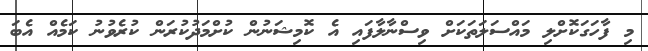
މި ފާހަގަކޮށްލި މައްސަލަތަކަށް ވިސްނާލާފައި އެ ކޮމިޝަނުން ކުށްމަދުކުރަން ކުރެވުނު ކަމެއް އެބަ